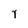
Character: y